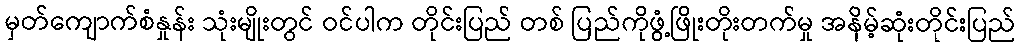
မှတ်ကျောက်စံနှုန်း သုံးမျိုးတွင် ဝင်ပါက တိုင်းပြည် တစ် ပြည်ကိုဖွံ့ဖြိုးတိုးတက်မှု အနိမ့်ဆုံးတိုင်းပြည်